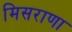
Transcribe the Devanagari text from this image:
मिसराणा